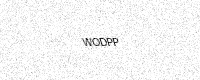
Text: WODPP